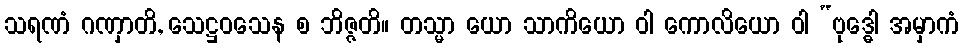
သရဏံ ဂဏှာတိ, သေဋ္ဌဝသေန စ ဘိဇ္ဇတိ။ တသ္မာ ယော သာကိယော ဝါ ကောလိယော ဝါ “ဗုဒ္ဓေါ အမှာကံ